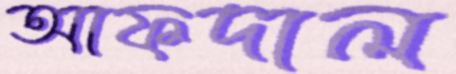
আফদাল